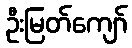
ဦးမြတ်ကျော်